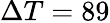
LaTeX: \Delta T=89